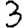
Digit: 3